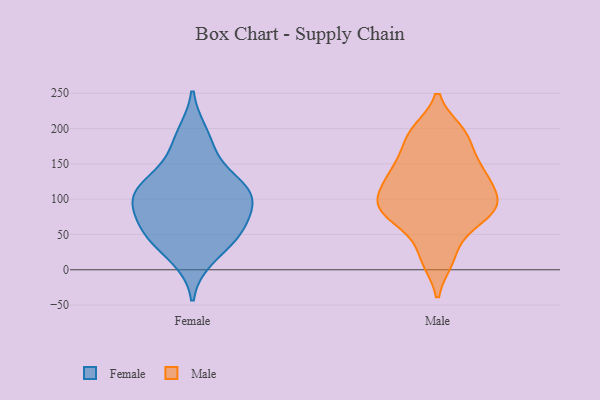
{"axis": {"x": "Website Visitors", "y": "Value"}, "legend": ["Female", "Male"], "data": [{"x": "", "y": 57, "type": "Female"}, {"x": "", "y": 17, "type": "Female"}, {"x": "", "y": 168, "type": "Female"}, {"x": "", "y": 94, "type": "Female"}, {"x": "", "y": 43, "type": "Female"}, {"x": "", "y": 61, "type": "Female"}, {"x": "", "y": 106, "type": "Female"}, {"x": "", "y": 55, "type": "Female"}, {"x": "", "y": 120, "type": "Female"}, {"x": "", "y": 123, "type": "Female"}, {"x": "", "y": 99, "type": "Female"}, {"x": "", "y": 192, "type": "Female"}, {"x": "", "y": 109, "type": "Female"}, {"x": "", "y": 141, "type": "Male"}, {"x": "", "y": 55, "type": "Male"}, {"x": "", "y": 139, "type": "Male"}, {"x": "", "y": 17, "type": "Male"}, {"x": "", "y": 141, "type": "Male"}, {"x": "", "y": 145, "type": "Male"}, {"x": "", "y": 115, "type": "Male"}, {"x": "", "y": 110, "type": "Male"}, {"x": "", "y": 90, "type": "Male"}, {"x": "", "y": 174, "type": "Male"}, {"x": "", "y": 78, "type": "Male"}, {"x": "", "y": 196, "type": "Male"}, {"x": "", "y": 90, "type": "Male"}, {"x": "", "y": 192, "type": "Male"}, {"x": "", "y": 195, "type": "Male"}, {"x": "", "y": 88, "type": "Male"}, {"x": "", "y": 73, "type": "Male"}, {"x": "", "y": 109, "type": "Male"}, {"x": "", "y": 85, "type": "Male"}, {"x": "", "y": 14, "type": "Male"}]}